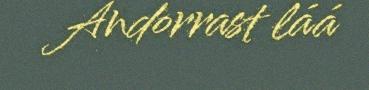
Andorrast láá